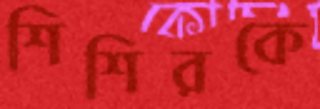
শিশিরকে